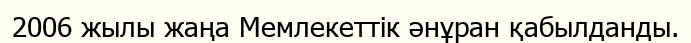
2006 жылы жаңа Мемлекеттік әнұран қабылданды.